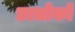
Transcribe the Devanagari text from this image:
छात्रोको